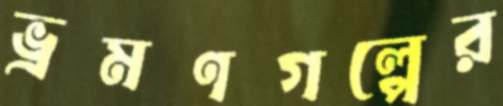
ভ্রমণগল্পের